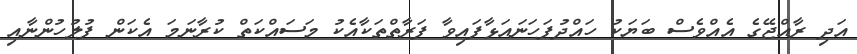
އަދި ރާއްޖޭގެ އެއްވެސް ބަޔަކު ހައްދުފަހަނައަޅާފައިވާ ފަރާތްތަކާއެކު މަސައްކަތް ކުރާނަމަ އެކަން ފުލުހުންނާއި